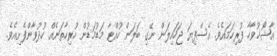
އާޝޯޚުވާހާ ފުރިހަމައެވެ. އެސްފިޔަ ޖަހައިލަން ނޭގި ބަލަން ހުއްޓާ މަޑުމަޑުން ހުރިހާތަނެއް ހުދުވާންފެށިއެވެ.